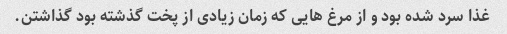
غذا سرد شده بود و از مرغ هایی که زمان زیادی از پخت گذشته بود گذاشتن.